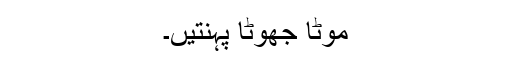
موٹا جھوٹا پہنتیں۔